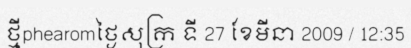
ថ្មីphearomថ្ងៃសុក្រ ទី 27 ខែមីនា 2009 / 12:35